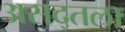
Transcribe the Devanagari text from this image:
असद्तला